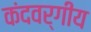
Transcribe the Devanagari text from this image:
कंदवर्गीय